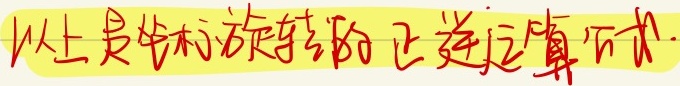
以上是坐标旋转的正逆运算公式.